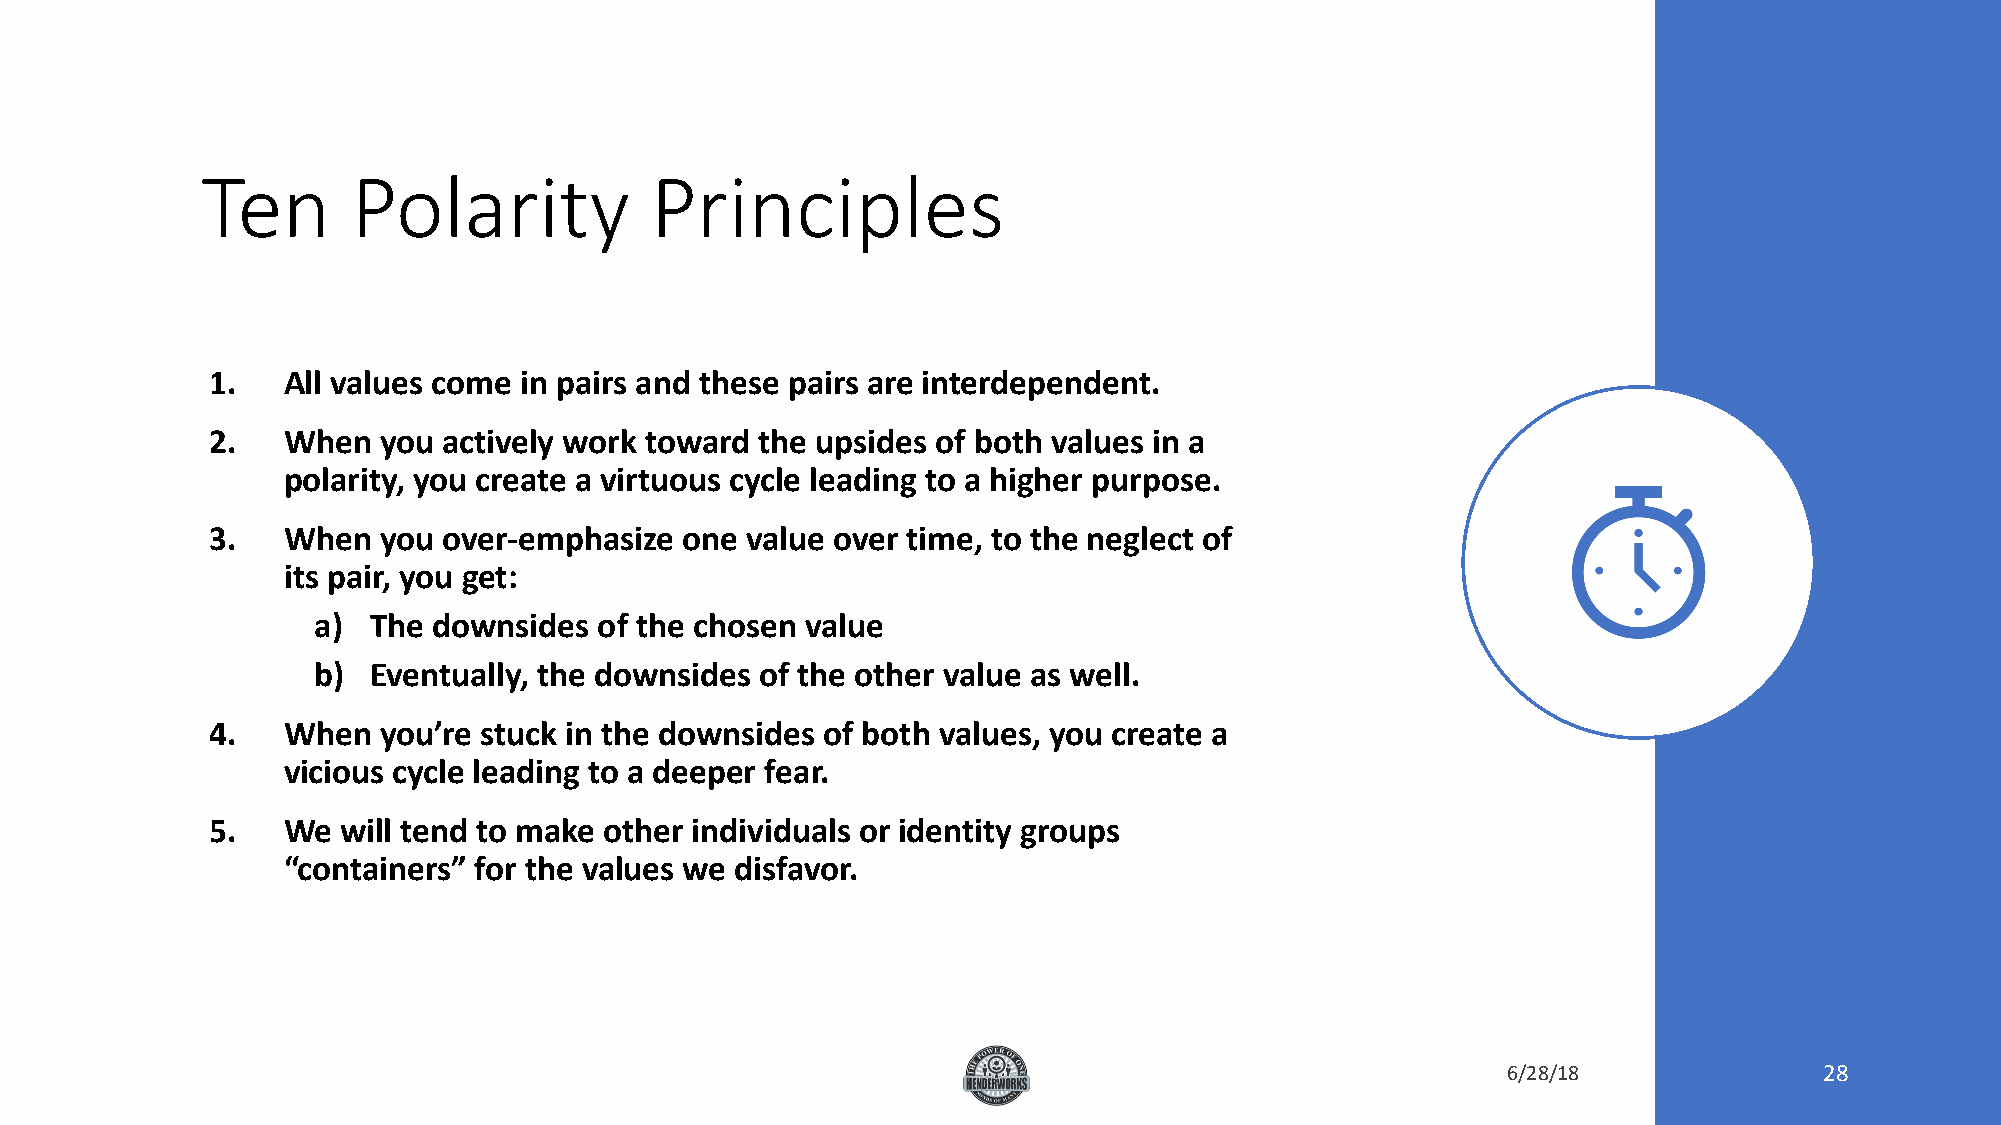
Ten       Polarity            Principles
 1.   All values come in pairs and these pairs are interdependent.
 2.   When  you actively work toward the upsides of both values in a
 polarity, you create a virtuous cycle leading to a higher purpose.
 3.   When  you over-emphasize  one value over time, to the neglect of
 its pair, you get:
 a)  The downsides  of the chosen value
 b)  Eventually, the downsides of the other value as well.
 4.   When  you’re stuck in the downsides of both values, you create a
 vicious cycle leading to a deeper fear.
 5.   We  will tend to make other individuals or identity groups
 “containers” for the values we disfavor.
 6/28/18              28